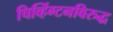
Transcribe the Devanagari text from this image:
चिव्हिंग्टनविरुद्ध